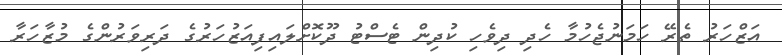
އަޒްހަރު ތެރޭ ހަމަނުޖެހުމާ ހެދި ދިވެހި ކުދިން ޓެސްޓު ދޫކޮށްލައިފިއަޒުހަރުގެ ދަރިވަރުންގެ މުޒާހަރާ